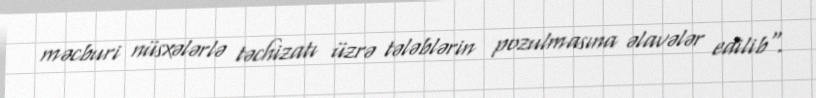
məcburi nüsxələrlə təchizatı üzrə tələblərin pozulmasına əlavələr edilib".